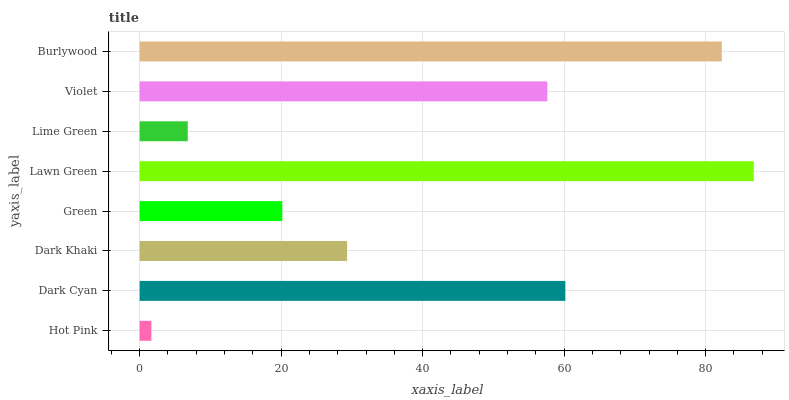
| yaxis_label | bars |
 | --- | --- |
 | Hot Pink | 1.66 |
 | Dark Cyan | 60.2 |
 | Dark Khaki | 29.3 |
 | Green | 20.2 |
 | Lawn Green | 86.8 |
 | Lime Green | 6.8 |
 | Violet | 57.6 |
 | Burlywood | 82.3 |